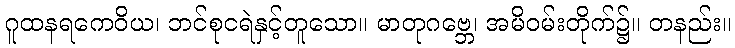
ဂူထနရကေဝိယ၊ ဘင်စုငရဲနှင့်တူသော။ မာတုဂဗ္ဘေ၊ အမိဝမ်းတိုက်၌။ တနည်း။